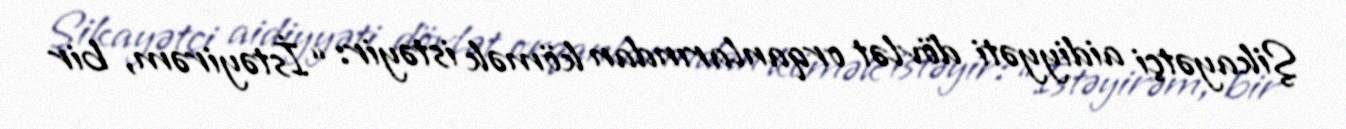
Şikayətçi aidiyyəti dövlət orqanlarından kömək istəyir: “İstəyirəm, bir